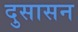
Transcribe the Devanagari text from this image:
दुसासन